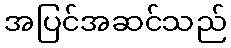
အပြင်အဆင်သည်